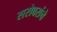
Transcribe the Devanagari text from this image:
सरोवरांचे